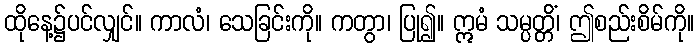
ထိုနေ့၌ပင်လျှင်။ ကာလံ၊ သေခြင်းကို။ ကတွာ၊ ပြု၍။ ဣမံ သမ္ပတ္တိံ၊ ဤစည်းစိမ်ကို။